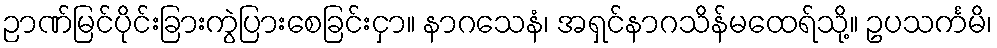
ဉာဏ်မြင်ပိုင်းခြားကွဲပြားစေခြင်းငှာ။ နာဂသေနံ၊ အရှင်နာဂသိန်မထေရ်သို့။ ဥပသင်္ကမိ၊